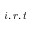
i , r , t